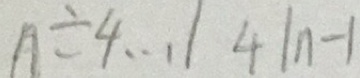
n \div 4 \cdots 1 4 \vert n - 1